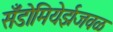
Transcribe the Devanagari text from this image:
सँडोमियेर्झजवळ